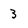
Character: 3